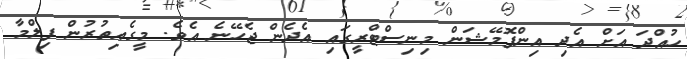
ހުއްދަ އަށް އެދި އިންފޮމޭޝަން މިނިސްޓްރީގައި އެދެން ޖެހޭނެ އެވެ. މީގެއިތުރުން ފިލްމާ